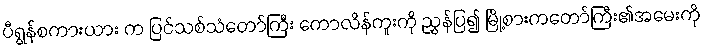
ပီရွန်စကားယား က ပြင်သစ်သံတော်ကြီး ကောလိန်ကူးကို ညွှန်ပြ၍ မြို့စားကတော်ကြီး၏အမေးကို